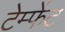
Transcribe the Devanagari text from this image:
टेम्फेंट